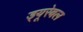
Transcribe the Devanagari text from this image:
ड्यूरेबल